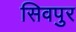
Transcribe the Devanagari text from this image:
सिवपुर